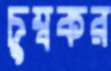
চুম্বকর